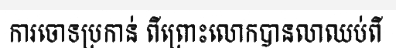
ការចោទប្រកាន់ ពីព្រោះលោកបានលាឈប់ពី